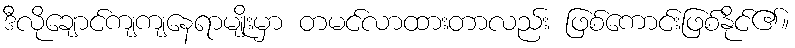
ဒီလိုချောင်ကျကျနေရာမျိုးမှာ တမင်လာထားတာလည်း ဖြစ်ကောင်းဖြစ်နိုင်၏။